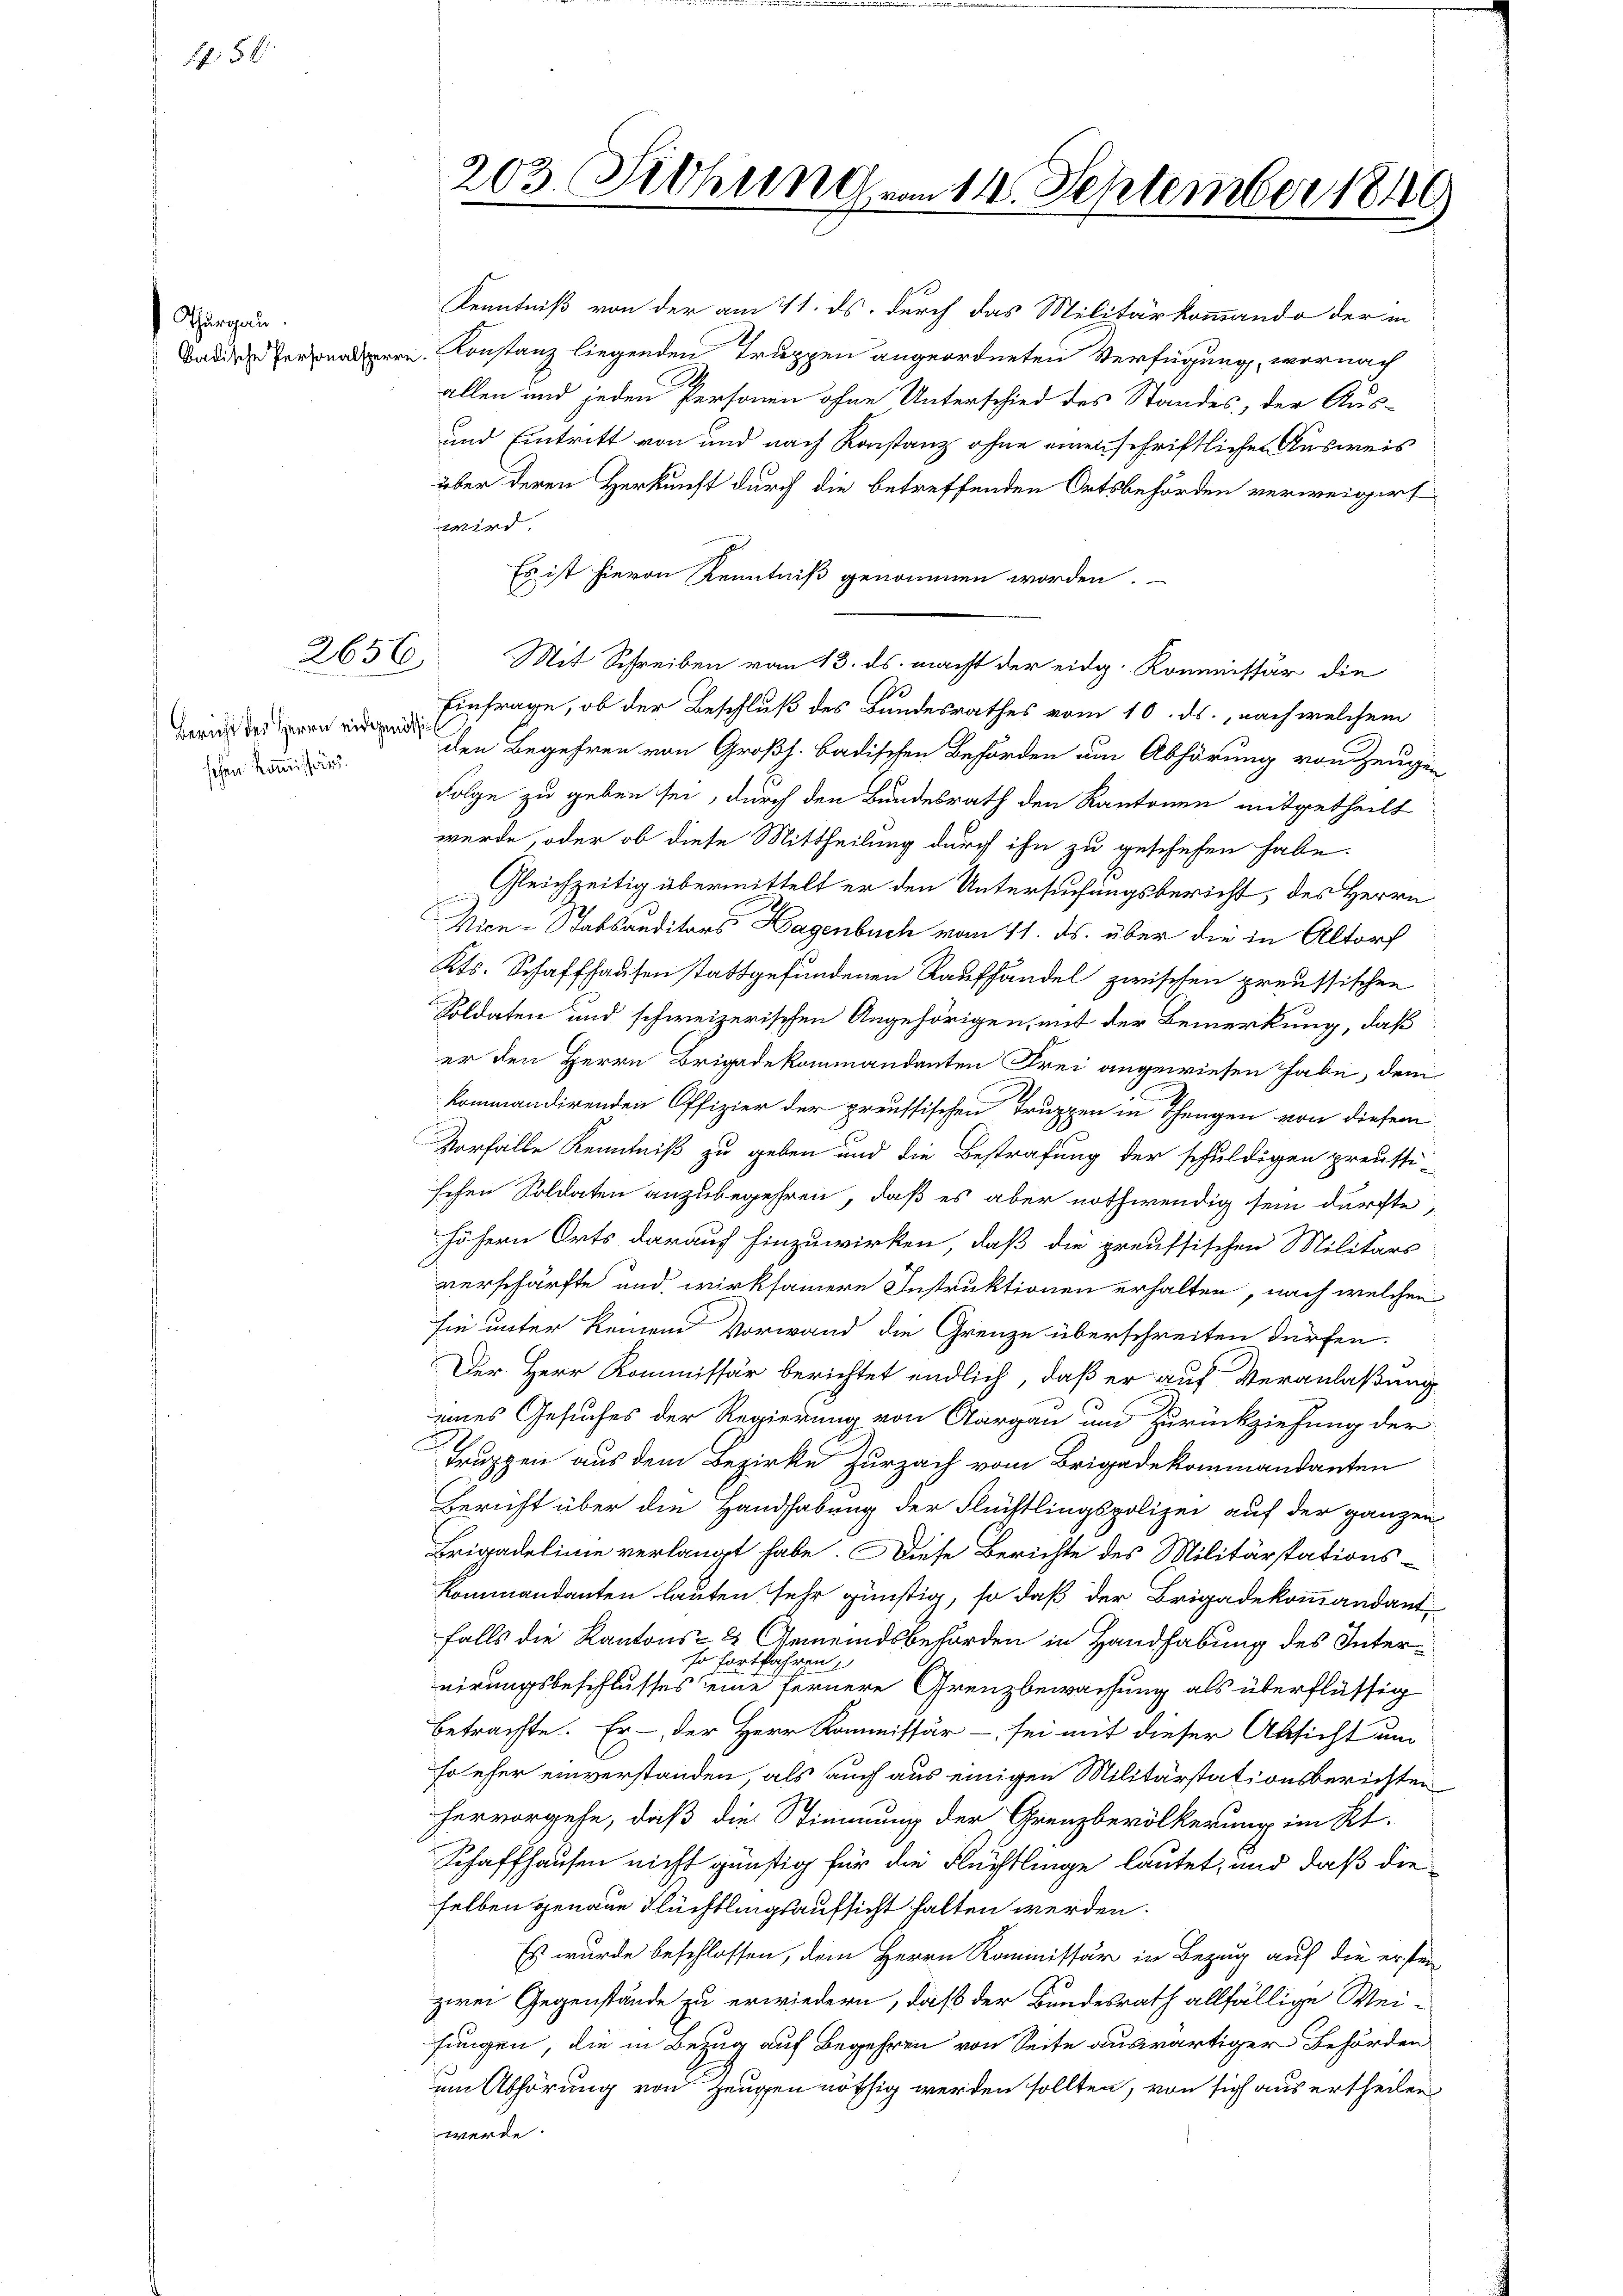
Thurgau

56

2656

Bericht des Herrn eidgenössig
schen kommissärs.

203. Diehung vom 14. September 1846

Kenntniß von der am 11. ds. durch das Militärkommando der in
Badische Personnern. Constanz liegenden Truppen angeordneten Verfügung, wornach
allen und jeden Personen ohne Unterschied des Standes, der Aus-
und Eintritt von und nach Konstanz ohne einen schriftlichen Ausweis
über deren Herkunft durch die betreffenden Ortsbehörden verweigert
wird.
Es ist hievon Kenntniß genommen worden.
Mit Schreiben vom 13. ds. macht der eidg. Kommissär die
Einfrage, ob der Beschluß des Bundesrathes vom 10. ds. nach welchem
den Begehren von Großh. badischen Behörden am Abhörung von Zeugen
Folge zu geben sei, durch den Bundesrath den Kantonen mitgetheilt
werde, oder ob diese Mittheilung durch ihn zu geschehen habe.
Gleichzeitig übermittelt er den Untersuchungsbericht, des Herrn
Vice-Baktanditors Hagenbuch vom 11. ds. über die in Altorf
Kts. Schaffhausen stattgefundenen Raufhandel zwischen preussischen
Soldaten und schweizerischen Angehörigen, mit der Bemerkung, daß
er den Herrn Brigadekommandanten Frei angewiesen habe, dem
kommandirenden Offizier der preussischen Truppen in Thengen von diesem
Vorfalle Kenntniß zu geben und die Bestrafung der schuldigen preussi-
schen Soldaten anzubegehren, daß es aber nothwendig sein dürfte,
höhern Orts darauf hinzuwirken, daß die preussischen Militärs
verschärfte und wirksamere Instruktionen erhalten, nach welchen
sie unter keinem Vorwand die Grenze überschreiten dürfen.
Der Herr Kommissär berichtet endlich, daß er auf Veranlaßung
eines Gesuches der Regierung von Aargau um Zurückziehung der
Truppen aus dem Bezirke Zurzach vom Brigadekommandanten
Bericht über die Handhabung der Flüchtlingspolizei auf der ganzen
Brigadelinie verlangt habe. Diese Berichte des Militärstations-
Kommandanten lauten sehr günstig, so daß der Brigadekommandant
falls die Kantons- & Gemeindsbehörden in Handhabung des Interso fortfahren,
eirungsbeschlusses seine fernere Grenzbewachung als überflüssig
betrachte. Er der Herr Kommissär - sei mit dieser Absicht um
Foeher einverstanden, als auch aus einigen Militärstationsberichten
hervorgehe, daß die Stimmung der Grenzbevölkerung im Kt.
Schaffhausen nicht günstig für die Flüchtlinge lautet, und daß die
selben genaue Flüchtlingsaufsicht halten werden.
Es wurde beschlossen, dem Herrn Kommissär in Bezug auf die ersten
zwei Gegenstände zu erwiedern, daß der Bundesrath allfällige Weifungen, die in Bezug auf Begehren von Seite auswärtiger Behörden
um Abhörung von Zeugen nöthig werden sollten, von sich aus ertheilen
werde.